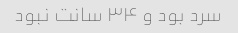
سرد بود و ۳۴ سانت نبود